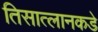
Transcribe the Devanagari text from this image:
तिसात्लानकडे